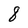
Character: 8